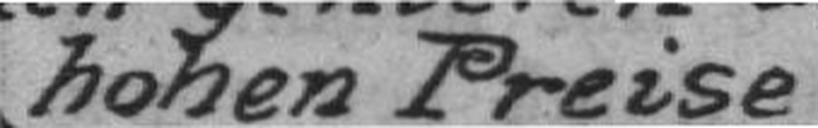
hohen Preise